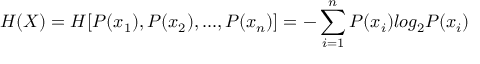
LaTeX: H ( X ) = H [ P ( x _ { 1 } ) , P ( x _ { 2 } ) , . . . , P ( x _ { n } ) ] = - \sum _ { i = 1 } ^ { n } P ( x _ { i } ) l o g _ { 2 } P ( x _ { i } )